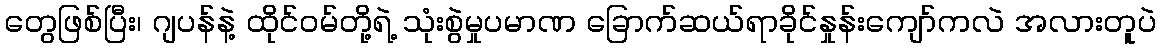
တွေဖြစ်ပြီး၊ ဂျပန်နဲ့ ထိုင်ဝမ်တို့ရဲ့ သုံးစွဲမှုပမာဏ ခြောက်ဆယ်ရာခိုင်နှုန်းကျော်ကလဲ အလားတူပဲ